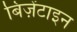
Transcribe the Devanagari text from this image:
बिज़ेंटाइन